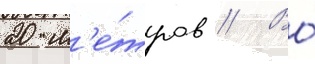
20 м'е́тров // Во́